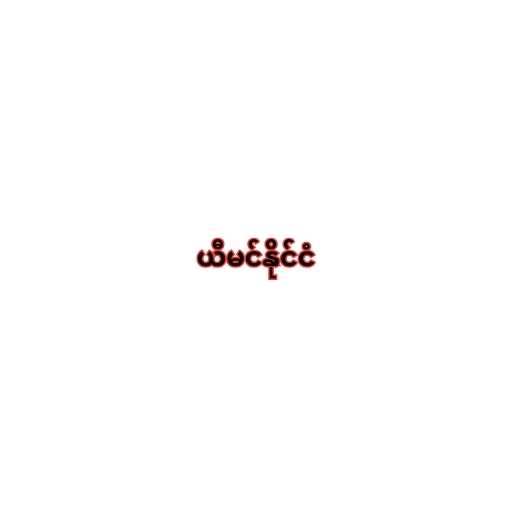
ယီမင်နိုင်ငံ